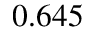
0 . 6 4 5